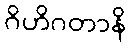
ဂိဟိဂတာနိ